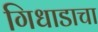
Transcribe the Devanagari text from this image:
गिधाडाचा